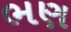
ભણ